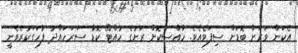
އެކަން ވަރަށް ބޮޑަށް ސިފަވެއެވެ. ހާއްސަކޮށް ރަށުގެ ހުއްޓޭ ކޮޑާ ސަރަހައްދު ފާހަގަކުރެވެނީ